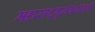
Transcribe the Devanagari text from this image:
महाराष्ट्रकुलवंशावली